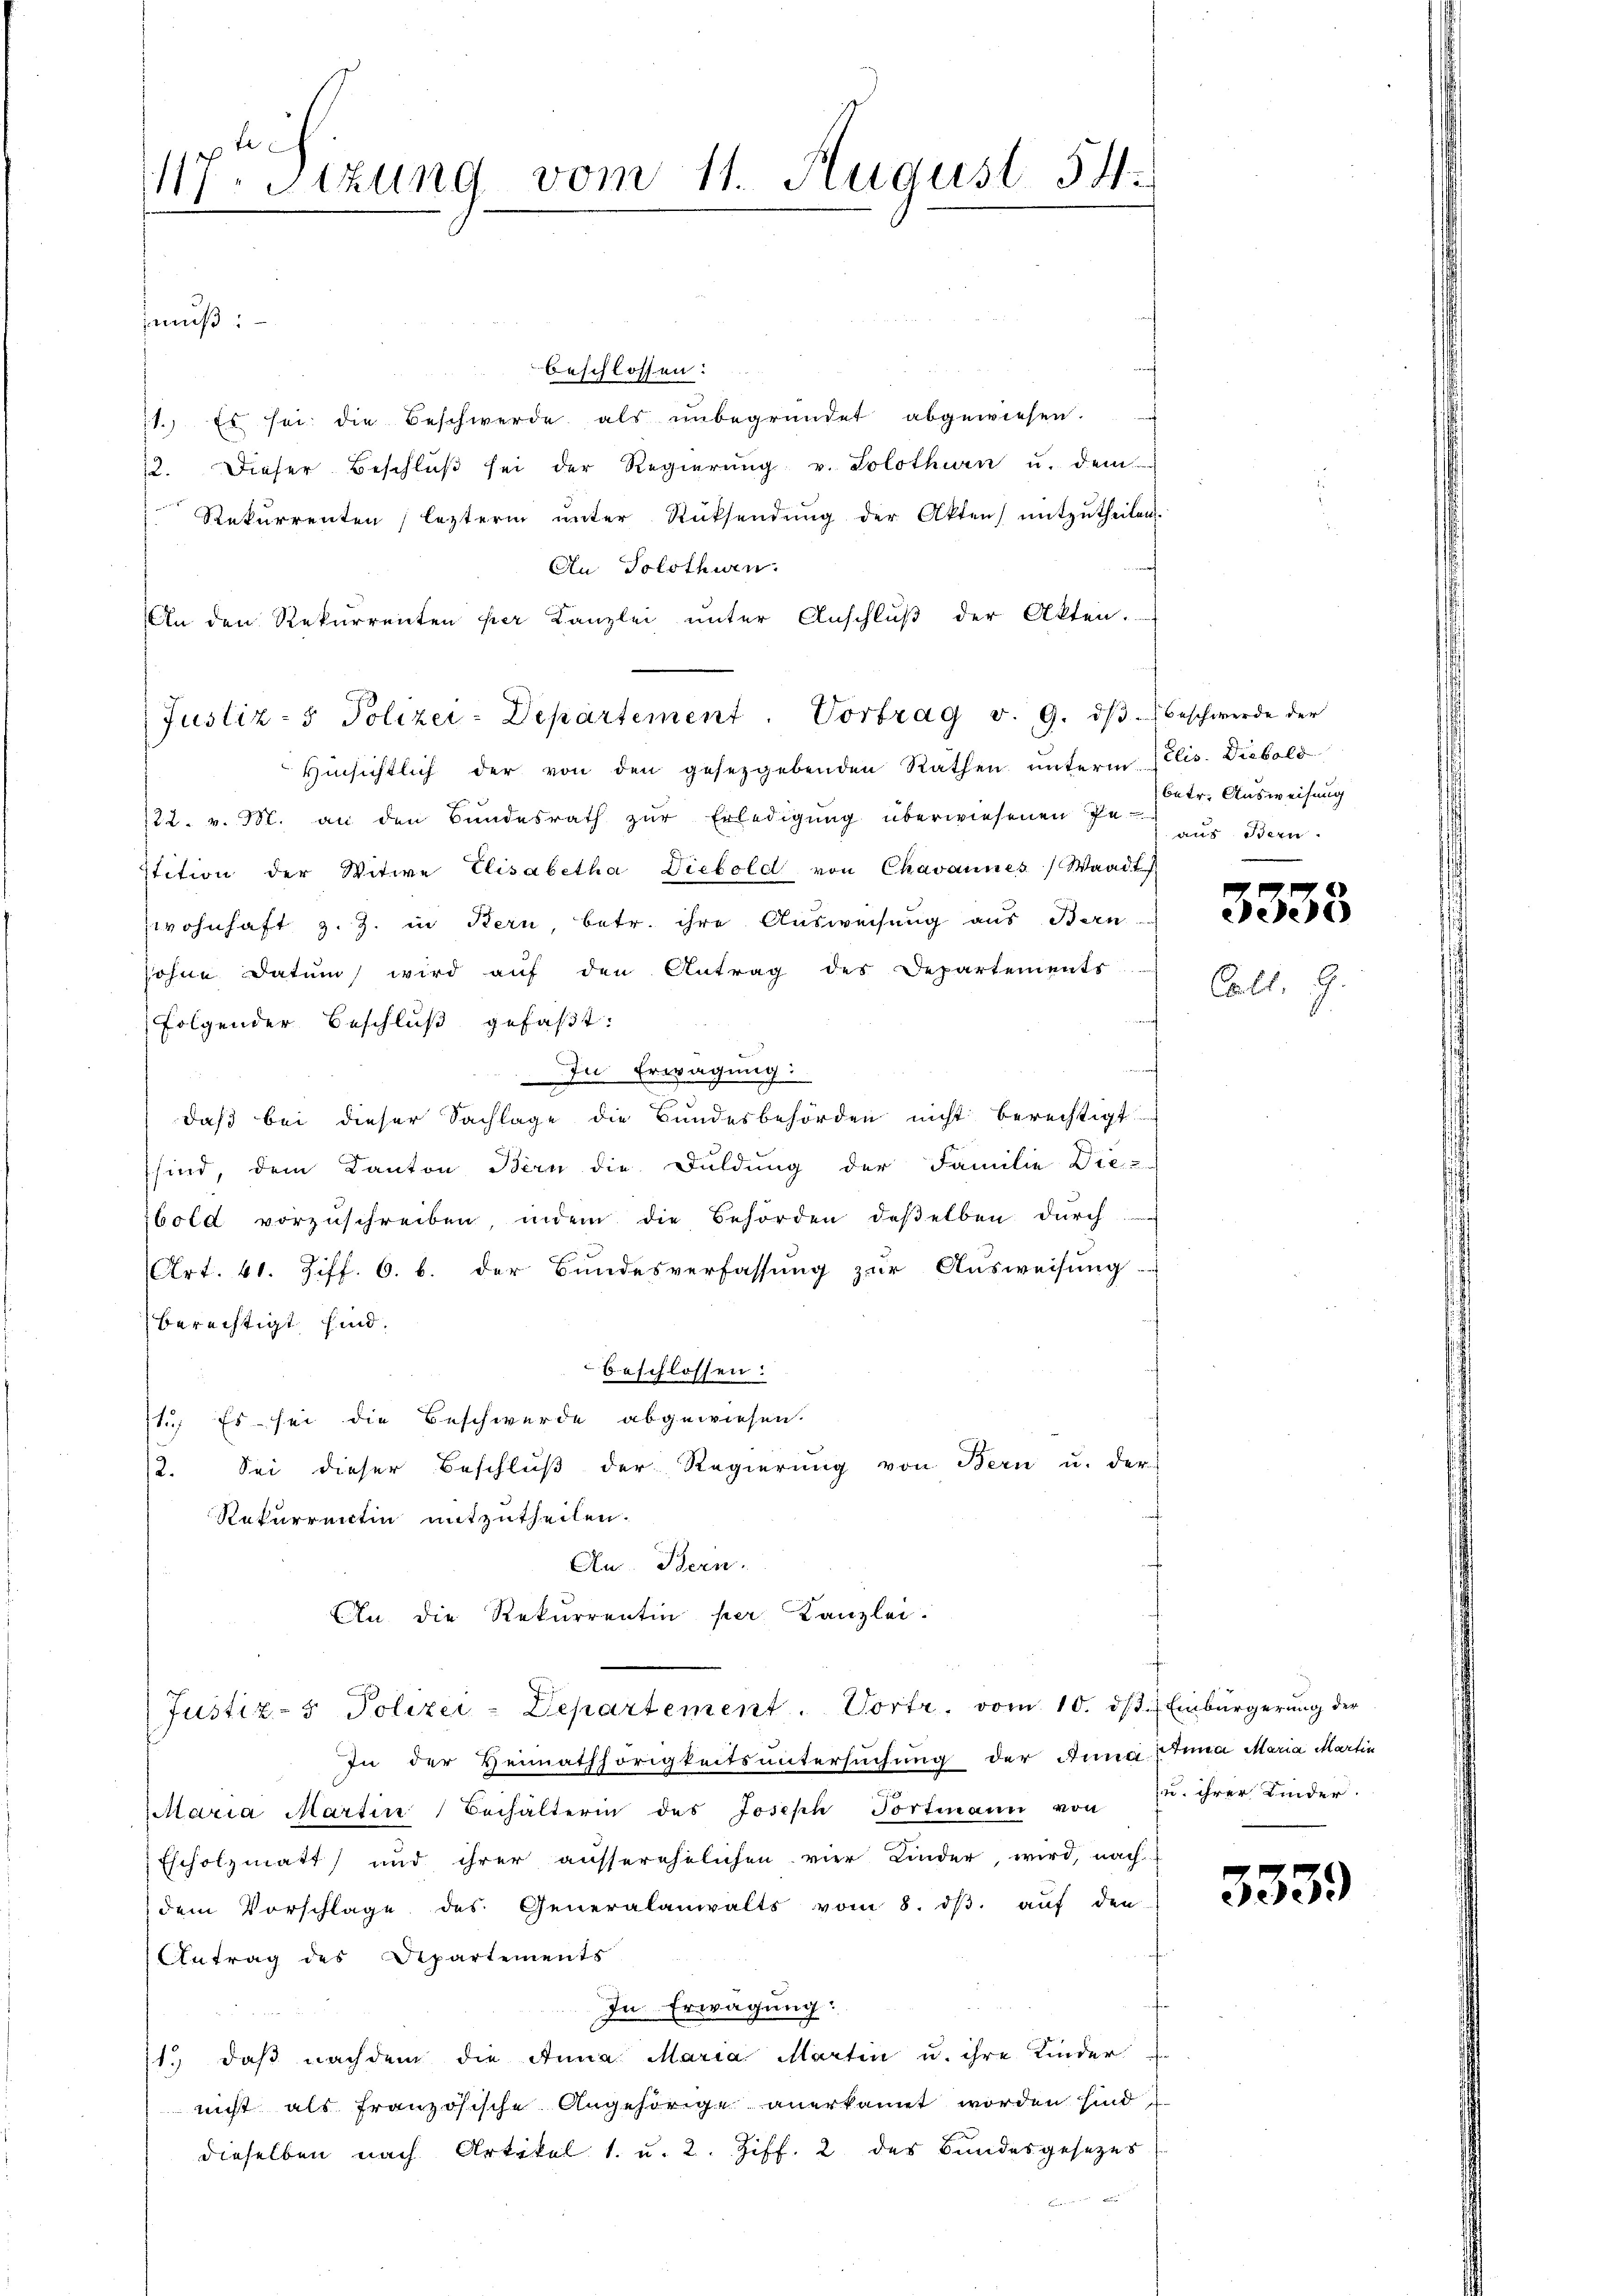
117. Sitzung vom 11. August 54.

muß:
beschlossen:
11. Es sei die Beschwerde als ŭnbegründet abgewiesen.
12. Dieser Beschlŭβ sei der Regierŭng v. Solothurn u. dem
 Rekurrenten lezterm ŭnter Rücksendŭng der Akten) mitzŭtheilen.
An Solothurn.
An den Rekurrenten per Kanzlei ŭnter Anschlŭβ der Akten.
Justiz- & Polizei-Departement. Vortrag v. 9. dβ beschwerde der
Hinsichtlich der von den gesetzgebenden Rathen unterm Elis. Diebold
122. v. M. an den Bundesrath zur Erledigung überwiesenen genaus Bern
Stition der Witwe Elisabetha Diebold von Chavannes Waadt
wohnhaft z. Z. in Kern betr. ihre Ausweisung aus Bern-
sohne Datum wird auf den Antrag des Departements
folgender Beschluß gefaßt:
In Erwägung:
daß bei dieser Sachlage die Bundesbehörden nicht berechtigt
sind, dem Kanton Bern die Duldung der Familie Die-
bold vorzŭschreiben, indem die Behörden deßelben dŭrch
(Art. 41. Ziff. 6. b. der Bundesverfassung zur Ausweisung.
berechtigt sind.
beschlossen:
11.) Es sei die Beschwerde abgewiesen.
/2. Sei dieser Beschluß der Regierung von Bern u. der
Rekurrentin mitzutheilen.
An. Bern.
An die Rekurrentin per Kanzlei.
Justiz- & Polizei-Departement. Vortr. vom 10. dβ. Einbürgerŭng der
In der Heimathörigkeitsuntersuchung der Anna Anna Maria Martin
laria Martin Behälterin des Joseph Portmann von 75. ihrer Linder.
Escholzmatt und ihrer ausserehelichen vier Kinder, wird, nach
dem Vorschlage des Generalanwalts vom 8. dβ aŭf den
Antrag des Departements
In Erwägung:
1.) daß nachdem die Anna Maria Martin u. ihre Kinder
nicht als französische Angehörige anerkannt worden sind
dieselben nach Artikel 1. u. 2. Ziff. 2 des Bundesgesetzes

betr. Ausweisung

3338

Call.

.

3339